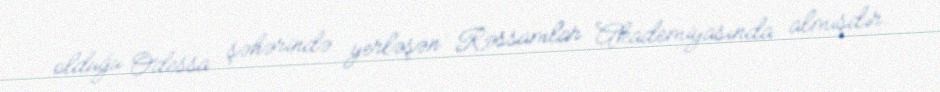
olduğu Odessa şəhərində yerləşən Rəssamlar Akademiyasında almışdır.